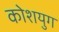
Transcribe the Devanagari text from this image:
कोशयुग